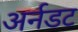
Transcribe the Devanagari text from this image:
अर्नडट